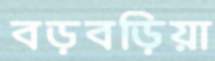
বড়বড়িয়া